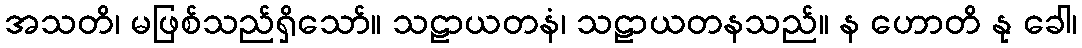
အသတိ၊ မဖြစ်သည်ရှိသော်။ သဠာယတနံ၊ သဠာယတနသည်။ န ဟောတိ နု ခေါ၊